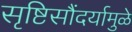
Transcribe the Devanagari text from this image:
सृष्टिसौंदर्यामुळे